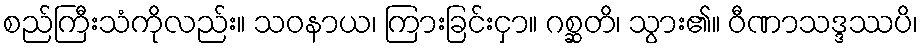
စည်ကြီးသံကိုလည်း။ သဝနာယ၊ ကြားခြင်းငှာ။ ဂစ္ဆတိ၊ သွား၏။ ဝီဏာသဒ္ဒဿပိ၊